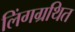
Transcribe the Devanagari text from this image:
लिंगग्रथित